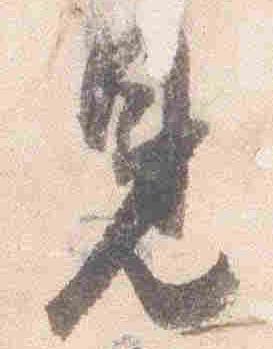
見